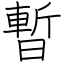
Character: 暫